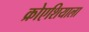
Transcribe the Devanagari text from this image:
क्रोएशियाला